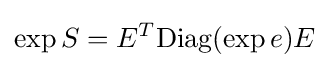
\exp S=E^{T}{\mbox{Diag}}(\exp e)E